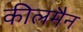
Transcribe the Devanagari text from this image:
कीलमैन